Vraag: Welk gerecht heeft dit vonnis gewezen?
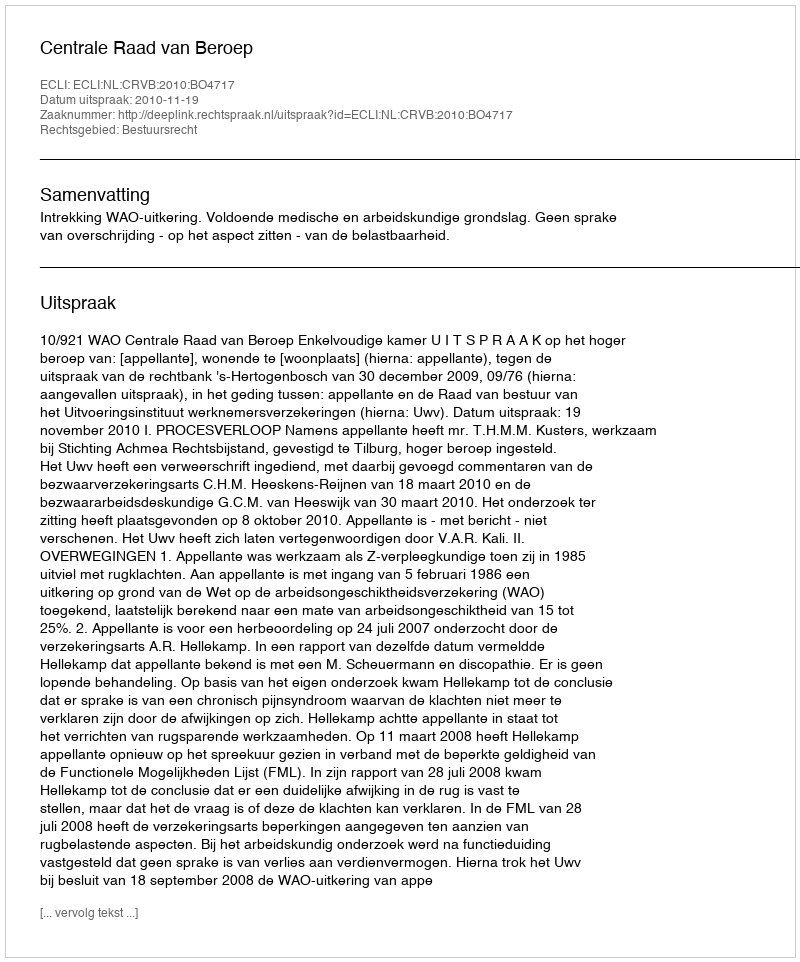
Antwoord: Centrale Raad van Beroep